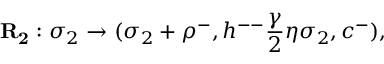
\mathbf { R _ { 2 } } : \sigma _ { 2 } \to ( \sigma _ { 2 } + \rho ^ { - } , h ^ { -- } \frac { \gamma } { 2 } \eta \sigma _ { 2 } , c ^ { - } ) ,